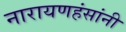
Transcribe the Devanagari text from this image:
नारायणहंसांनी